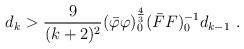
LaTeX: \begin{align*} d_k > \frac{9}{(k+2)^2} (\bar{\varphi} \varphi)_0^{\frac{4}{3}} (\bar{F} F)_0^{-1} d_{k-1} \ .\end{align*}